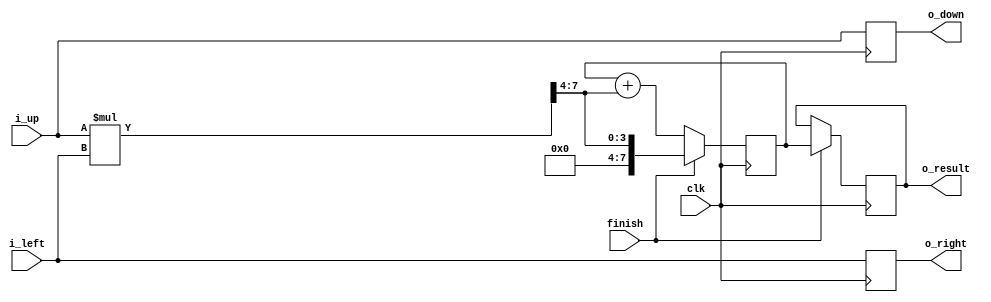
// [PE Array Generater]: size: 8, bit width:16

module single_PE_rounded #(
  parameter DATA_WIDTH = 8,
  parameter Half_WIDTH = 4
)(
  input clk,
  input finish,
  input[DATA_WIDTH-1 : 0] i_up,
  input[DATA_WIDTH-1 : 0] i_left,
  output reg[DATA_WIDTH-1 : 0] o_down,
  output reg[DATA_WIDTH-1 : 0] o_right,
  output reg[DATA_WIDTH-1 : 0] o_result = 0  
);
  reg [DATA_WIDTH-1 : 0] partial_sum = 0;
  wire [DATA_WIDTH-1 : 0] x;
  assign x = (i_up*i_left) >> Half_WIDTH;
  always @(posedge clk) begin
    o_down <= i_up;
    o_right <= i_left;
    if(finish) begin
      o_result <= partial_sum;
      partial_sum <= x;
    end else begin
      o_result <= o_result;
      partial_sum <= partial_sum + x;
    end
  end
endmodule

module PE_Array_8_8_16 #(
  parameter BIT_WIDTH = 16,
  parameter SIZE = 8
)(
// finish 
  input finish_8_8,  input finish_8_7,  input finish_8_6,  input finish_8_5,  input finish_8_4,  input finish_8_3,  input finish_8_2,  input finish_8_1,
  input finish_7_8,  input finish_7_7,  input finish_7_6,  input finish_7_5,  input finish_7_4,  input finish_7_3,  input finish_7_2,  input finish_7_1,
  input finish_6_8,  input finish_6_7,  input finish_6_6,  input finish_6_5,  input finish_6_4,  input finish_6_3,  input finish_6_2,  input finish_6_1,
  input finish_5_8,  input finish_5_7,  input finish_5_6,  input finish_5_5,  input finish_5_4,  input finish_5_3,  input finish_5_2,  input finish_5_1,
  input finish_4_8,  input finish_4_7,  input finish_4_6,  input finish_4_5,  input finish_4_4,  input finish_4_3,  input finish_4_2,  input finish_4_1,
  input finish_3_8,  input finish_3_7,  input finish_3_6,  input finish_3_5,  input finish_3_4,  input finish_3_3,  input finish_3_2,  input finish_3_1,
  input finish_2_8,  input finish_2_7,  input finish_2_6,  input finish_2_5,  input finish_2_4,  input finish_2_3,  input finish_2_2,  input finish_2_1,
  input finish_1_8,  input finish_1_7,  input finish_1_6,  input finish_1_5,  input finish_1_4,  input finish_1_3,  input finish_1_2,  input finish_1_1,
//  input
  input [BIT_WIDTH-1:0] input_up_8,  input [BIT_WIDTH-1:0] input_up_7,  input [BIT_WIDTH-1:0] input_up_6,  input [BIT_WIDTH-1:0] input_up_5,  input [BIT_WIDTH-1:0] input_up_4,  input [BIT_WIDTH-1:0] input_up_3,  input [BIT_WIDTH-1:0] input_up_2,  input [BIT_WIDTH-1:0] input_up_1,
  input [BIT_WIDTH-1:0] input_left_8,  input [BIT_WIDTH-1:0] input_left_7,  input [BIT_WIDTH-1:0] input_left_6,  input [BIT_WIDTH-1:0] input_left_5,  input [BIT_WIDTH-1:0] input_left_4,  input [BIT_WIDTH-1:0] input_left_3,  input [BIT_WIDTH-1:0] input_left_2,  input [BIT_WIDTH-1:0] input_left_1,
//  pass
  output [BIT_WIDTH-1:0] pass_down_8,  output [BIT_WIDTH-1:0] pass_down_7,  output [BIT_WIDTH-1:0] pass_down_6,  output [BIT_WIDTH-1:0] pass_down_5,  output [BIT_WIDTH-1:0] pass_down_4,  output [BIT_WIDTH-1:0] pass_down_3,  output [BIT_WIDTH-1:0] pass_down_2,  output [BIT_WIDTH-1:0] pass_down_1,
  output [BIT_WIDTH-1:0] pass_right_8,  output [BIT_WIDTH-1:0] pass_right_7,  output [BIT_WIDTH-1:0] pass_right_6,  output [BIT_WIDTH-1:0] pass_right_5,  output [BIT_WIDTH-1:0] pass_right_4,  output [BIT_WIDTH-1:0] pass_right_3,  output [BIT_WIDTH-1:0] pass_right_2,  output [BIT_WIDTH-1:0] pass_right_1,
// 
  output [BIT_WIDTH-1:0] output_8_8,  output [BIT_WIDTH-1:0] output_8_7,  output [BIT_WIDTH-1:0] output_8_6,  output [BIT_WIDTH-1:0] output_8_5,  output [BIT_WIDTH-1:0] output_8_4,  output [BIT_WIDTH-1:0] output_8_3,  output [BIT_WIDTH-1:0] output_8_2,  output [BIT_WIDTH-1:0] output_8_1,
  output [BIT_WIDTH-1:0] output_7_8,  output [BIT_WIDTH-1:0] output_7_7,  output [BIT_WIDTH-1:0] output_7_6,  output [BIT_WIDTH-1:0] output_7_5,  output [BIT_WIDTH-1:0] output_7_4,  output [BIT_WIDTH-1:0] output_7_3,  output [BIT_WIDTH-1:0] output_7_2,  output [BIT_WIDTH-1:0] output_7_1,
  output [BIT_WIDTH-1:0] output_6_8,  output [BIT_WIDTH-1:0] output_6_7,  output [BIT_WIDTH-1:0] output_6_6,  output [BIT_WIDTH-1:0] output_6_5,  output [BIT_WIDTH-1:0] output_6_4,  output [BIT_WIDTH-1:0] output_6_3,  output [BIT_WIDTH-1:0] output_6_2,  output [BIT_WIDTH-1:0] output_6_1,
  output [BIT_WIDTH-1:0] output_5_8,  output [BIT_WIDTH-1:0] output_5_7,  output [BIT_WIDTH-1:0] output_5_6,  output [BIT_WIDTH-1:0] output_5_5,  output [BIT_WIDTH-1:0] output_5_4,  output [BIT_WIDTH-1:0] output_5_3,  output [BIT_WIDTH-1:0] output_5_2,  output [BIT_WIDTH-1:0] output_5_1,
  output [BIT_WIDTH-1:0] output_4_8,  output [BIT_WIDTH-1:0] output_4_7,  output [BIT_WIDTH-1:0] output_4_6,  output [BIT_WIDTH-1:0] output_4_5,  output [BIT_WIDTH-1:0] output_4_4,  output [BIT_WIDTH-1:0] output_4_3,  output [BIT_WIDTH-1:0] output_4_2,  output [BIT_WIDTH-1:0] output_4_1,
  output [BIT_WIDTH-1:0] output_3_8,  output [BIT_WIDTH-1:0] output_3_7,  output [BIT_WIDTH-1:0] output_3_6,  output [BIT_WIDTH-1:0] output_3_5,  output [BIT_WIDTH-1:0] output_3_4,  output [BIT_WIDTH-1:0] output_3_3,  output [BIT_WIDTH-1:0] output_3_2,  output [BIT_WIDTH-1:0] output_3_1,
  output [BIT_WIDTH-1:0] output_2_8,  output [BIT_WIDTH-1:0] output_2_7,  output [BIT_WIDTH-1:0] output_2_6,  output [BIT_WIDTH-1:0] output_2_5,  output [BIT_WIDTH-1:0] output_2_4,  output [BIT_WIDTH-1:0] output_2_3,  output [BIT_WIDTH-1:0] output_2_2,  output [BIT_WIDTH-1:0] output_2_1,
  output [BIT_WIDTH-1:0] output_1_8,  output [BIT_WIDTH-1:0] output_1_7,  output [BIT_WIDTH-1:0] output_1_6,  output [BIT_WIDTH-1:0] output_1_5,  output [BIT_WIDTH-1:0] output_1_4,  output [BIT_WIDTH-1:0] output_1_3,  output [BIT_WIDTH-1:0] output_1_2,  output [BIT_WIDTH-1:0] output_1_1,

  input clk
);
// interconnect a: from left to right
  wire [BIT_WIDTH-1:0] inner_a_8_8;  wire [BIT_WIDTH-1:0] inner_a_8_7;  wire [BIT_WIDTH-1:0] inner_a_8_6;  wire [BIT_WIDTH-1:0] inner_a_8_5;  wire [BIT_WIDTH-1:0] inner_a_8_4;  wire [BIT_WIDTH-1:0] inner_a_8_3;  wire [BIT_WIDTH-1:0] inner_a_8_2;
  wire [BIT_WIDTH-1:0] inner_a_7_8;  wire [BIT_WIDTH-1:0] inner_a_7_7;  wire [BIT_WIDTH-1:0] inner_a_7_6;  wire [BIT_WIDTH-1:0] inner_a_7_5;  wire [BIT_WIDTH-1:0] inner_a_7_4;  wire [BIT_WIDTH-1:0] inner_a_7_3;  wire [BIT_WIDTH-1:0] inner_a_7_2;
  wire [BIT_WIDTH-1:0] inner_a_6_8;  wire [BIT_WIDTH-1:0] inner_a_6_7;  wire [BIT_WIDTH-1:0] inner_a_6_6;  wire [BIT_WIDTH-1:0] inner_a_6_5;  wire [BIT_WIDTH-1:0] inner_a_6_4;  wire [BIT_WIDTH-1:0] inner_a_6_3;  wire [BIT_WIDTH-1:0] inner_a_6_2;
  wire [BIT_WIDTH-1:0] inner_a_5_8;  wire [BIT_WIDTH-1:0] inner_a_5_7;  wire [BIT_WIDTH-1:0] inner_a_5_6;  wire [BIT_WIDTH-1:0] inner_a_5_5;  wire [BIT_WIDTH-1:0] inner_a_5_4;  wire [BIT_WIDTH-1:0] inner_a_5_3;  wire [BIT_WIDTH-1:0] inner_a_5_2;
  wire [BIT_WIDTH-1:0] inner_a_4_8;  wire [BIT_WIDTH-1:0] inner_a_4_7;  wire [BIT_WIDTH-1:0] inner_a_4_6;  wire [BIT_WIDTH-1:0] inner_a_4_5;  wire [BIT_WIDTH-1:0] inner_a_4_4;  wire [BIT_WIDTH-1:0] inner_a_4_3;  wire [BIT_WIDTH-1:0] inner_a_4_2;
  wire [BIT_WIDTH-1:0] inner_a_3_8;  wire [BIT_WIDTH-1:0] inner_a_3_7;  wire [BIT_WIDTH-1:0] inner_a_3_6;  wire [BIT_WIDTH-1:0] inner_a_3_5;  wire [BIT_WIDTH-1:0] inner_a_3_4;  wire [BIT_WIDTH-1:0] inner_a_3_3;  wire [BIT_WIDTH-1:0] inner_a_3_2;
  wire [BIT_WIDTH-1:0] inner_a_2_8;  wire [BIT_WIDTH-1:0] inner_a_2_7;  wire [BIT_WIDTH-1:0] inner_a_2_6;  wire [BIT_WIDTH-1:0] inner_a_2_5;  wire [BIT_WIDTH-1:0] inner_a_2_4;  wire [BIT_WIDTH-1:0] inner_a_2_3;  wire [BIT_WIDTH-1:0] inner_a_2_2;
  wire [BIT_WIDTH-1:0] inner_a_1_8;  wire [BIT_WIDTH-1:0] inner_a_1_7;  wire [BIT_WIDTH-1:0] inner_a_1_6;  wire [BIT_WIDTH-1:0] inner_a_1_5;  wire [BIT_WIDTH-1:0] inner_a_1_4;  wire [BIT_WIDTH-1:0] inner_a_1_3;  wire [BIT_WIDTH-1:0] inner_a_1_2;
// interconnect b: from up to low
  wire [BIT_WIDTH-1:0] inner_b_8_8;  wire [BIT_WIDTH-1:0] inner_b_8_7;  wire [BIT_WIDTH-1:0] inner_b_8_6;  wire [BIT_WIDTH-1:0] inner_b_8_5;  wire [BIT_WIDTH-1:0] inner_b_8_4;  wire [BIT_WIDTH-1:0] inner_b_8_3;  wire [BIT_WIDTH-1:0] inner_b_8_2;  wire [BIT_WIDTH-1:0] inner_b_8_1;
  wire [BIT_WIDTH-1:0] inner_b_7_8;  wire [BIT_WIDTH-1:0] inner_b_7_7;  wire [BIT_WIDTH-1:0] inner_b_7_6;  wire [BIT_WIDTH-1:0] inner_b_7_5;  wire [BIT_WIDTH-1:0] inner_b_7_4;  wire [BIT_WIDTH-1:0] inner_b_7_3;  wire [BIT_WIDTH-1:0] inner_b_7_2;  wire [BIT_WIDTH-1:0] inner_b_7_1;
  wire [BIT_WIDTH-1:0] inner_b_6_8;  wire [BIT_WIDTH-1:0] inner_b_6_7;  wire [BIT_WIDTH-1:0] inner_b_6_6;  wire [BIT_WIDTH-1:0] inner_b_6_5;  wire [BIT_WIDTH-1:0] inner_b_6_4;  wire [BIT_WIDTH-1:0] inner_b_6_3;  wire [BIT_WIDTH-1:0] inner_b_6_2;  wire [BIT_WIDTH-1:0] inner_b_6_1;
  wire [BIT_WIDTH-1:0] inner_b_5_8;  wire [BIT_WIDTH-1:0] inner_b_5_7;  wire [BIT_WIDTH-1:0] inner_b_5_6;  wire [BIT_WIDTH-1:0] inner_b_5_5;  wire [BIT_WIDTH-1:0] inner_b_5_4;  wire [BIT_WIDTH-1:0] inner_b_5_3;  wire [BIT_WIDTH-1:0] inner_b_5_2;  wire [BIT_WIDTH-1:0] inner_b_5_1;
  wire [BIT_WIDTH-1:0] inner_b_4_8;  wire [BIT_WIDTH-1:0] inner_b_4_7;  wire [BIT_WIDTH-1:0] inner_b_4_6;  wire [BIT_WIDTH-1:0] inner_b_4_5;  wire [BIT_WIDTH-1:0] inner_b_4_4;  wire [BIT_WIDTH-1:0] inner_b_4_3;  wire [BIT_WIDTH-1:0] inner_b_4_2;  wire [BIT_WIDTH-1:0] inner_b_4_1;
  wire [BIT_WIDTH-1:0] inner_b_3_8;  wire [BIT_WIDTH-1:0] inner_b_3_7;  wire [BIT_WIDTH-1:0] inner_b_3_6;  wire [BIT_WIDTH-1:0] inner_b_3_5;  wire [BIT_WIDTH-1:0] inner_b_3_4;  wire [BIT_WIDTH-1:0] inner_b_3_3;  wire [BIT_WIDTH-1:0] inner_b_3_2;  wire [BIT_WIDTH-1:0] inner_b_3_1;
  wire [BIT_WIDTH-1:0] inner_b_2_8;  wire [BIT_WIDTH-1:0] inner_b_2_7;  wire [BIT_WIDTH-1:0] inner_b_2_6;  wire [BIT_WIDTH-1:0] inner_b_2_5;  wire [BIT_WIDTH-1:0] inner_b_2_4;  wire [BIT_WIDTH-1:0] inner_b_2_3;  wire [BIT_WIDTH-1:0] inner_b_2_2;  wire [BIT_WIDTH-1:0] inner_b_2_1;
// pe
  single_PE_rounded # (16, 8) pe_8_8 (clk, finish_8_8, input_up_8, input_left_8, inner_b_8_8, inner_a_8_8, output_8_8);
  single_PE_rounded # (16, 8) pe_8_7 (clk, finish_8_7, input_up_7, inner_a_8_8, inner_b_8_7, inner_a_8_7, output_8_7);
  single_PE_rounded # (16, 8) pe_8_6 (clk, finish_8_6, input_up_6, inner_a_8_7, inner_b_8_6, inner_a_8_6, output_8_6);
  single_PE_rounded # (16, 8) pe_8_5 (clk, finish_8_5, input_up_5, inner_a_8_6, inner_b_8_5, inner_a_8_5, output_8_5);
  single_PE_rounded # (16, 8) pe_8_4 (clk, finish_8_4, input_up_4, inner_a_8_5, inner_b_8_4, inner_a_8_4, output_8_4);
  single_PE_rounded # (16, 8) pe_8_3 (clk, finish_8_3, input_up_3, inner_a_8_4, inner_b_8_3, inner_a_8_3, output_8_3);
  single_PE_rounded # (16, 8) pe_8_2 (clk, finish_8_2, input_up_2, inner_a_8_3, inner_b_8_2, inner_a_8_2, output_8_2);
  single_PE_rounded # (16, 8) pe_8_1 (clk, finish_8_1, input_up_1, inner_a_8_2, inner_b_8_1, pass_right_8, output_8_1);
  single_PE_rounded # (16, 8) pe_7_8 (clk, finish_7_8, inner_b_8_8, input_left_7, inner_b_7_8, inner_a_7_8, output_7_8);
  single_PE_rounded # (16, 8) pe_7_7 (clk, finish_7_7, inner_b_8_7, inner_a_7_8, inner_b_7_7, inner_a_7_7, output_7_7);
  single_PE_rounded # (16, 8) pe_7_6 (clk, finish_7_6, inner_b_8_6, inner_a_7_7, inner_b_7_6, inner_a_7_6, output_7_6);
  single_PE_rounded # (16, 8) pe_7_5 (clk, finish_7_5, inner_b_8_5, inner_a_7_6, inner_b_7_5, inner_a_7_5, output_7_5);
  single_PE_rounded # (16, 8) pe_7_4 (clk, finish_7_4, inner_b_8_4, inner_a_7_5, inner_b_7_4, inner_a_7_4, output_7_4);
  single_PE_rounded # (16, 8) pe_7_3 (clk, finish_7_3, inner_b_8_3, inner_a_7_4, inner_b_7_3, inner_a_7_3, output_7_3);
  single_PE_rounded # (16, 8) pe_7_2 (clk, finish_7_2, inner_b_8_2, inner_a_7_3, inner_b_7_2, inner_a_7_2, output_7_2);
  single_PE_rounded # (16, 8) pe_7_1 (clk, finish_7_1, inner_b_8_1, inner_a_7_2, inner_b_7_1, pass_right_7, output_7_1);
  single_PE_rounded # (16, 8) pe_6_8 (clk, finish_6_8, inner_b_7_8, input_left_6, inner_b_6_8, inner_a_6_8, output_6_8);
  single_PE_rounded # (16, 8) pe_6_7 (clk, finish_6_7, inner_b_7_7, inner_a_6_8, inner_b_6_7, inner_a_6_7, output_6_7);
  single_PE_rounded # (16, 8) pe_6_6 (clk, finish_6_6, inner_b_7_6, inner_a_6_7, inner_b_6_6, inner_a_6_6, output_6_6);
  single_PE_rounded # (16, 8) pe_6_5 (clk, finish_6_5, inner_b_7_5, inner_a_6_6, inner_b_6_5, inner_a_6_5, output_6_5);
  single_PE_rounded # (16, 8) pe_6_4 (clk, finish_6_4, inner_b_7_4, inner_a_6_5, inner_b_6_4, inner_a_6_4, output_6_4);
  single_PE_rounded # (16, 8) pe_6_3 (clk, finish_6_3, inner_b_7_3, inner_a_6_4, inner_b_6_3, inner_a_6_3, output_6_3);
  single_PE_rounded # (16, 8) pe_6_2 (clk, finish_6_2, inner_b_7_2, inner_a_6_3, inner_b_6_2, inner_a_6_2, output_6_2);
  single_PE_rounded # (16, 8) pe_6_1 (clk, finish_6_1, inner_b_7_1, inner_a_6_2, inner_b_6_1, pass_right_6, output_6_1);
  single_PE_rounded # (16, 8) pe_5_8 (clk, finish_5_8, inner_b_6_8, input_left_5, inner_b_5_8, inner_a_5_8, output_5_8);
  single_PE_rounded # (16, 8) pe_5_7 (clk, finish_5_7, inner_b_6_7, inner_a_5_8, inner_b_5_7, inner_a_5_7, output_5_7);
  single_PE_rounded # (16, 8) pe_5_6 (clk, finish_5_6, inner_b_6_6, inner_a_5_7, inner_b_5_6, inner_a_5_6, output_5_6);
  single_PE_rounded # (16, 8) pe_5_5 (clk, finish_5_5, inner_b_6_5, inner_a_5_6, inner_b_5_5, inner_a_5_5, output_5_5);
  single_PE_rounded # (16, 8) pe_5_4 (clk, finish_5_4, inner_b_6_4, inner_a_5_5, inner_b_5_4, inner_a_5_4, output_5_4);
  single_PE_rounded # (16, 8) pe_5_3 (clk, finish_5_3, inner_b_6_3, inner_a_5_4, inner_b_5_3, inner_a_5_3, output_5_3);
  single_PE_rounded # (16, 8) pe_5_2 (clk, finish_5_2, inner_b_6_2, inner_a_5_3, inner_b_5_2, inner_a_5_2, output_5_2);
  single_PE_rounded # (16, 8) pe_5_1 (clk, finish_5_1, inner_b_6_1, inner_a_5_2, inner_b_5_1, pass_right_5, output_5_1);
  single_PE_rounded # (16, 8) pe_4_8 (clk, finish_4_8, inner_b_5_8, input_left_4, inner_b_4_8, inner_a_4_8, output_4_8);
  single_PE_rounded # (16, 8) pe_4_7 (clk, finish_4_7, inner_b_5_7, inner_a_4_8, inner_b_4_7, inner_a_4_7, output_4_7);
  single_PE_rounded # (16, 8) pe_4_6 (clk, finish_4_6, inner_b_5_6, inner_a_4_7, inner_b_4_6, inner_a_4_6, output_4_6);
  single_PE_rounded # (16, 8) pe_4_5 (clk, finish_4_5, inner_b_5_5, inner_a_4_6, inner_b_4_5, inner_a_4_5, output_4_5);
  single_PE_rounded # (16, 8) pe_4_4 (clk, finish_4_4, inner_b_5_4, inner_a_4_5, inner_b_4_4, inner_a_4_4, output_4_4);
  single_PE_rounded # (16, 8) pe_4_3 (clk, finish_4_3, inner_b_5_3, inner_a_4_4, inner_b_4_3, inner_a_4_3, output_4_3);
  single_PE_rounded # (16, 8) pe_4_2 (clk, finish_4_2, inner_b_5_2, inner_a_4_3, inner_b_4_2, inner_a_4_2, output_4_2);
  single_PE_rounded # (16, 8) pe_4_1 (clk, finish_4_1, inner_b_5_1, inner_a_4_2, inner_b_4_1, pass_right_4, output_4_1);
  single_PE_rounded # (16, 8) pe_3_8 (clk, finish_3_8, inner_b_4_8, input_left_3, inner_b_3_8, inner_a_3_8, output_3_8);
  single_PE_rounded # (16, 8) pe_3_7 (clk, finish_3_7, inner_b_4_7, inner_a_3_8, inner_b_3_7, inner_a_3_7, output_3_7);
  single_PE_rounded # (16, 8) pe_3_6 (clk, finish_3_6, inner_b_4_6, inner_a_3_7, inner_b_3_6, inner_a_3_6, output_3_6);
  single_PE_rounded # (16, 8) pe_3_5 (clk, finish_3_5, inner_b_4_5, inner_a_3_6, inner_b_3_5, inner_a_3_5, output_3_5);
  single_PE_rounded # (16, 8) pe_3_4 (clk, finish_3_4, inner_b_4_4, inner_a_3_5, inner_b_3_4, inner_a_3_4, output_3_4);
  single_PE_rounded # (16, 8) pe_3_3 (clk, finish_3_3, inner_b_4_3, inner_a_3_4, inner_b_3_3, inner_a_3_3, output_3_3);
  single_PE_rounded # (16, 8) pe_3_2 (clk, finish_3_2, inner_b_4_2, inner_a_3_3, inner_b_3_2, inner_a_3_2, output_3_2);
  single_PE_rounded # (16, 8) pe_3_1 (clk, finish_3_1, inner_b_4_1, inner_a_3_2, inner_b_3_1, pass_right_3, output_3_1);
  single_PE_rounded # (16, 8) pe_2_8 (clk, finish_2_8, inner_b_3_8, input_left_2, inner_b_2_8, inner_a_2_8, output_2_8);
  single_PE_rounded # (16, 8) pe_2_7 (clk, finish_2_7, inner_b_3_7, inner_a_2_8, inner_b_2_7, inner_a_2_7, output_2_7);
  single_PE_rounded # (16, 8) pe_2_6 (clk, finish_2_6, inner_b_3_6, inner_a_2_7, inner_b_2_6, inner_a_2_6, output_2_6);
  single_PE_rounded # (16, 8) pe_2_5 (clk, finish_2_5, inner_b_3_5, inner_a_2_6, inner_b_2_5, inner_a_2_5, output_2_5);
  single_PE_rounded # (16, 8) pe_2_4 (clk, finish_2_4, inner_b_3_4, inner_a_2_5, inner_b_2_4, inner_a_2_4, output_2_4);
  single_PE_rounded # (16, 8) pe_2_3 (clk, finish_2_3, inner_b_3_3, inner_a_2_4, inner_b_2_3, inner_a_2_3, output_2_3);
  single_PE_rounded # (16, 8) pe_2_2 (clk, finish_2_2, inner_b_3_2, inner_a_2_3, inner_b_2_2, inner_a_2_2, output_2_2);
  single_PE_rounded # (16, 8) pe_2_1 (clk, finish_2_1, inner_b_3_1, inner_a_2_2, inner_b_2_1, pass_right_2, output_2_1);
  single_PE_rounded # (16, 8) pe_1_8 (clk, finish_1_8, inner_b_2_8, input_left_1, pass_down_8, inner_a_1_8, output_1_8);
  single_PE_rounded # (16, 8) pe_1_7 (clk, finish_1_7, inner_b_2_7, inner_a_1_8, pass_down_7, inner_a_1_7, output_1_7);
  single_PE_rounded # (16, 8) pe_1_6 (clk, finish_1_6, inner_b_2_6, inner_a_1_7, pass_down_6, inner_a_1_6, output_1_6);
  single_PE_rounded # (16, 8) pe_1_5 (clk, finish_1_5, inner_b_2_5, inner_a_1_6, pass_down_5, inner_a_1_5, output_1_5);
  single_PE_rounded # (16, 8) pe_1_4 (clk, finish_1_4, inner_b_2_4, inner_a_1_5, pass_down_4, inner_a_1_4, output_1_4);
  single_PE_rounded # (16, 8) pe_1_3 (clk, finish_1_3, inner_b_2_3, inner_a_1_4, pass_down_3, inner_a_1_3, output_1_3);
  single_PE_rounded # (16, 8) pe_1_2 (clk, finish_1_2, inner_b_2_2, inner_a_1_3, pass_down_2, inner_a_1_2, output_1_2);
  single_PE_rounded # (16, 8) pe_1_1 (clk, finish_1_1, inner_b_2_1, inner_a_1_2, pass_down_1, pass_right_1, output_1_1);
endmodule